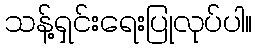
သန့်ရှင်းရေးပြုလုပ်ပါ။